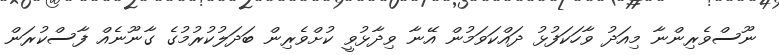
ނޫސްވެރިންނާ މިއަދު ވާހަކަފުޅު ދައްކަވަމުން އޭނާ ވިދާޅުވީ ކުށްވެރިން ބަދަލުކުރުމުގެ ގާނޫނެއް ފާސްކުރަން